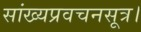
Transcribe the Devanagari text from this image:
सांख्यप्रवचनसूत्र।